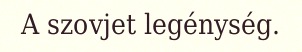
A szovjet legénység.